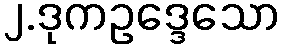
၂.ဒုကဥဒ္ဒေသော